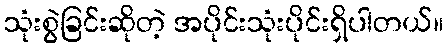
သုံးစွဲခြင်းဆိုတဲ့ အပိုင်းသုံးပိုင်းရှိပါတယ်။